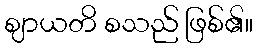
ဈာယတိ စသည် ဖြစ်၏။